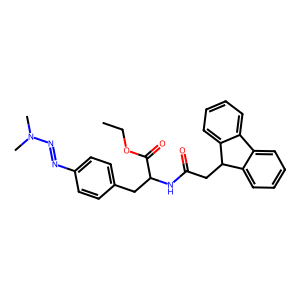
SMILES: CCOC(=O)C(Cc1ccc(N=NN(C)C)cc1)NC(=O)CC1c2ccccc2-c2ccccc21
Inhibits HIV replication: No